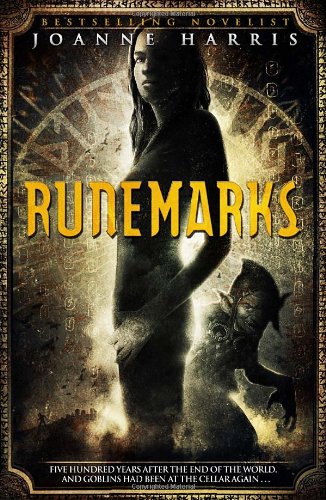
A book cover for Runemarks; Joanne Harris; Children's Books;